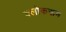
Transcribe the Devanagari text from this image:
क्लोकरूम